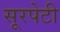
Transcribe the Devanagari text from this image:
सूरपेटी